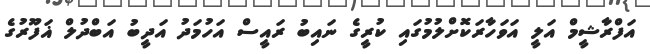
އަފްރާޝީމް އަލީ އަވަހާރަކޮށްލުމުގައި ކުރީގެ ނައިބު ރައީސް އަހުމަދު އަދީބު އަބްދުލް ޣަފޫރުގެ